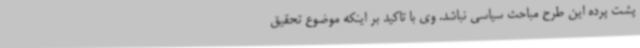
پشت پرده این طرح مباحث سیاسی نباشد. وی با تاکید بر اینکه موضوع تحقیق